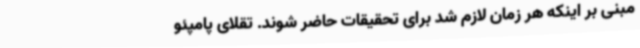
مبنی بر اینکه هر زمان لازم شد برای تحقیقات حاضر شوند. تقلای پامپئو